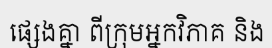
ផ្សេងគ្នា ពីក្រុមអ្នកវិភាគ និង